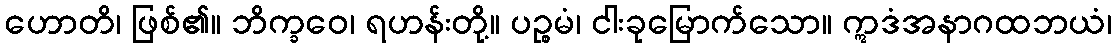
ဟောတိ၊ ဖြစ်၏။ ဘိက္ခဝေ၊ ရဟန်းတို့။ ပဉ္စမံ၊ ငါးခုမြောက်သော။ ဣဒံအနာဂထဘယံ၊